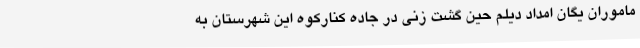
ماموران یگان امداد دیلم حین گشت زنی در جاده کنارکوه این شهرستان به